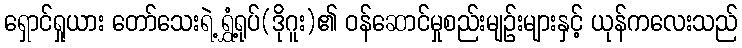
ရှောင်ရှုယား တော်သေးရဲ့ ရွှံ့ရုပ်(ဒိုဂူး)၏ ဝန်ဆောင်မှုစည်းမျဉ်းများနှင့် ယုန်ကလေးသည်